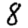
Digit: 8